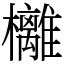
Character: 㰚